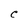
Character: C